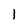
Character: 1